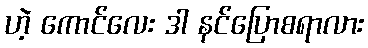
ဟဲ့ ကောင်လေး ဒါ နင်ပြောစရာလား